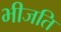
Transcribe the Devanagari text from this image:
भीजति